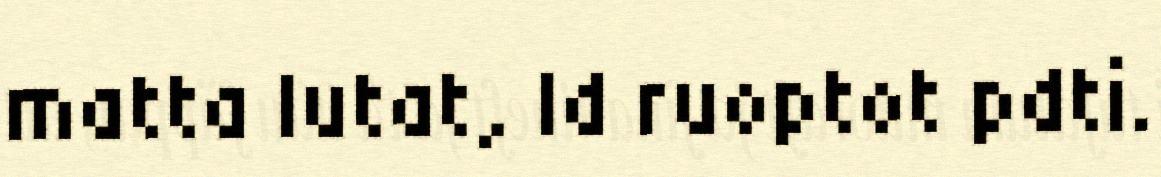
matta lutat, Id ruoptot pdti.